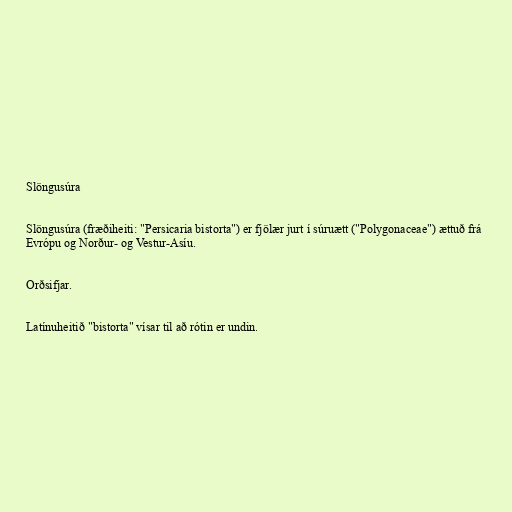
Slöngusúra

Slöngusúra (fræðiheiti: "Persicaria bistorta") er fjölær jurt í súruætt ("Polygonaceae") ættuð frá
Evrópu og Norður- og Vestur-Asíu.

Orðsifjar.

Latínuheitið "bistorta" vísar til að rótin er undin.